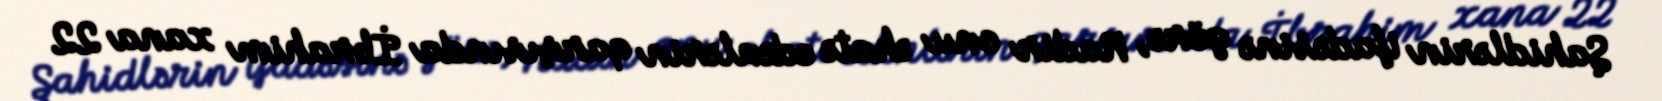
Şahidlərin ifadəsinə görə, Nadir onu əhatə edənlərin qarşısında İbrahim xana 22